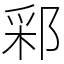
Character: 䣋